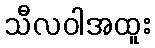
သီလဝါအထူး